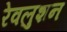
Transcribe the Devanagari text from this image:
रेवलुशन